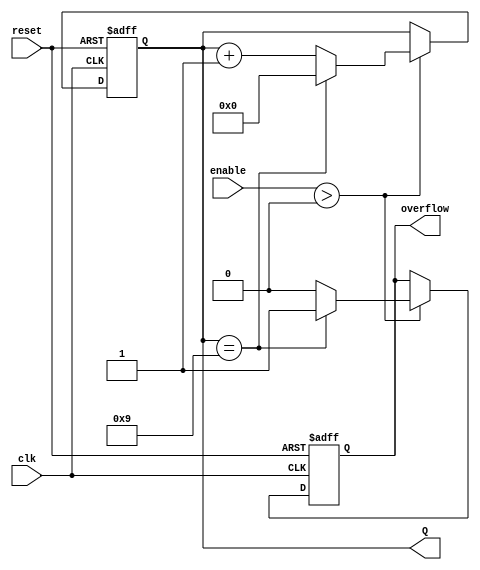
`timescale 1ns / 1ps
//////////////////////////////////////////////////////////////////////////////////
// Company: 
// Engineer: 
// 
// Design Name: 
// Module Name: mod10_counter
// Project Name: 
// Target Devices: 
// Tool Versions: 
// Description: 
// 
// Dependencies: 
// 
// Revision:
// Revision 0.01 - File Created
// Additional Comments:
// 
//////////////////////////////////////////////////////////////////////////////////


module mod10_counter(
    input clk,
    input enable,
    input reset,
    output reg [3:0] Q,
    output reg overflow
    );
    
    
    always @(posedge clk, negedge reset) begin        
        if(reset == 0) begin
            Q <= 0;
            overflow <= 0;
        end
        else if(enable > 0) begin
            Q <= Q + 1;
            overflow <= 0;
            if(Q == 9) begin
                Q <= 0;
                overflow <= 1;
            end       
        end
    end
         
endmodule